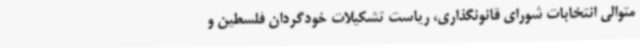
متوالی انتخابات شورای قانونگذاری، ریاست تشکیلات خودگردان فلسطین و